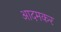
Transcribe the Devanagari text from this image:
आदमकर